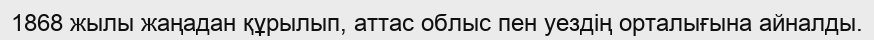
1868 жылы жаңадан құрылып, аттас облыс пен уездің орталығына айналды.